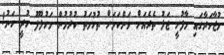
މުޒާހަރާގައި މާފުށީ ޖަލު ތެރެއަށް ވަންކަމަށް ތުހުމަތު ކުރުމުން މަހުލޫފު ހުރީ ހަނު!